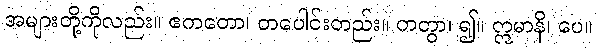
အများတို့ကိုလည်း။ ဧကတော၊ တပေါင်းတည်း။ ကတွာ၊ ၍။ ဣမာနိ၊ ပေ။